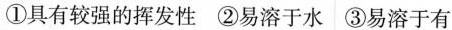
①具有较强的挥发性 ②易溶于水 ③易溶于有